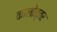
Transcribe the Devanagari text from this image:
कालोत्तर